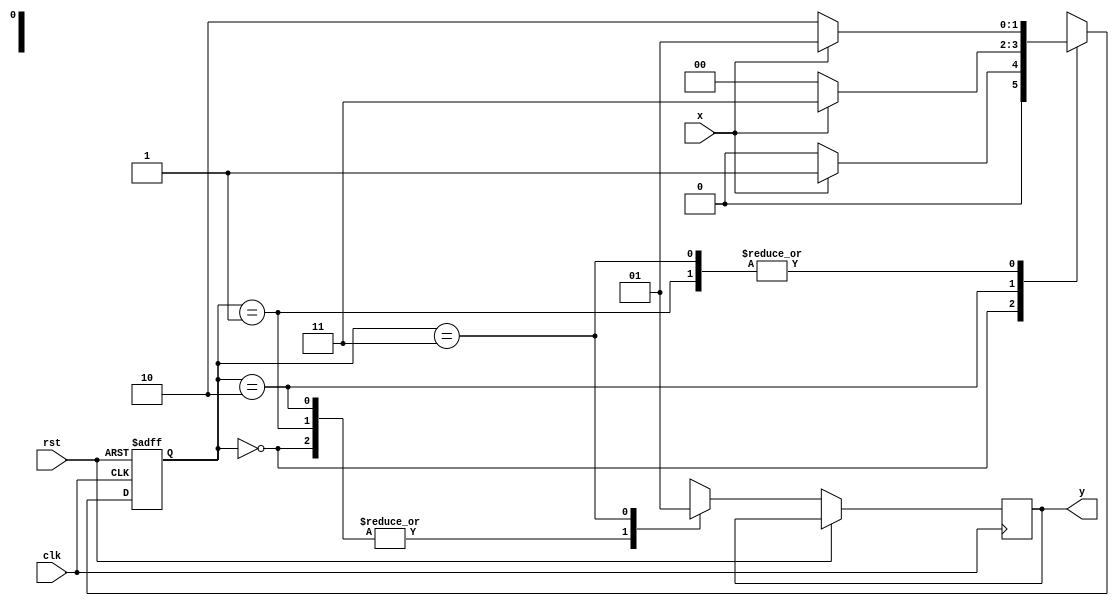
module moore_2(
    input x,clk,rst,
    output reg y
    );
reg [1:0]p_s,n_s;
	parameter A = 2'b00;
	parameter B = 2'b01;
	parameter C= 2'b10;
	parameter D = 2'b11;
	always @(posedge clk,posedge rst)
  
  begin
	
	if(rst) begin
	p_s=A; end
	else begin
	
	case (p_s)
	
	A:begin
	y<=1'b0;
	if(x==1)
	n_s=B;
	else
	n_s=A;
	end

   B:begin
	y<=1'b0;
	if(x==1)
	n_s=B;
	else
	n_s=C;
	end

   C:begin
	y<=1'b0;
	if(x==1)
	n_s=D;
	else
	n_s=A;
	end

   D:begin
	y<=1'b1;
	if(x==1)
	n_s=B;
	else
	n_s=C;
	end

   endcase
	p_s=n_s;
	
	end
  end
  
endmodule